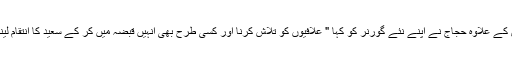
اس کے علاوہ حجاج نے اپنے نئے گورنر کو کہا " علافیوں کو تلاش کرنا اور کسی طرح بھی انہیں قبضہ میں کر کے سعید کا انتقام لینا "۔